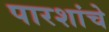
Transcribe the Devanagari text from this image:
पारशांचे